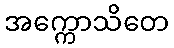
အက္ကောသိတေ